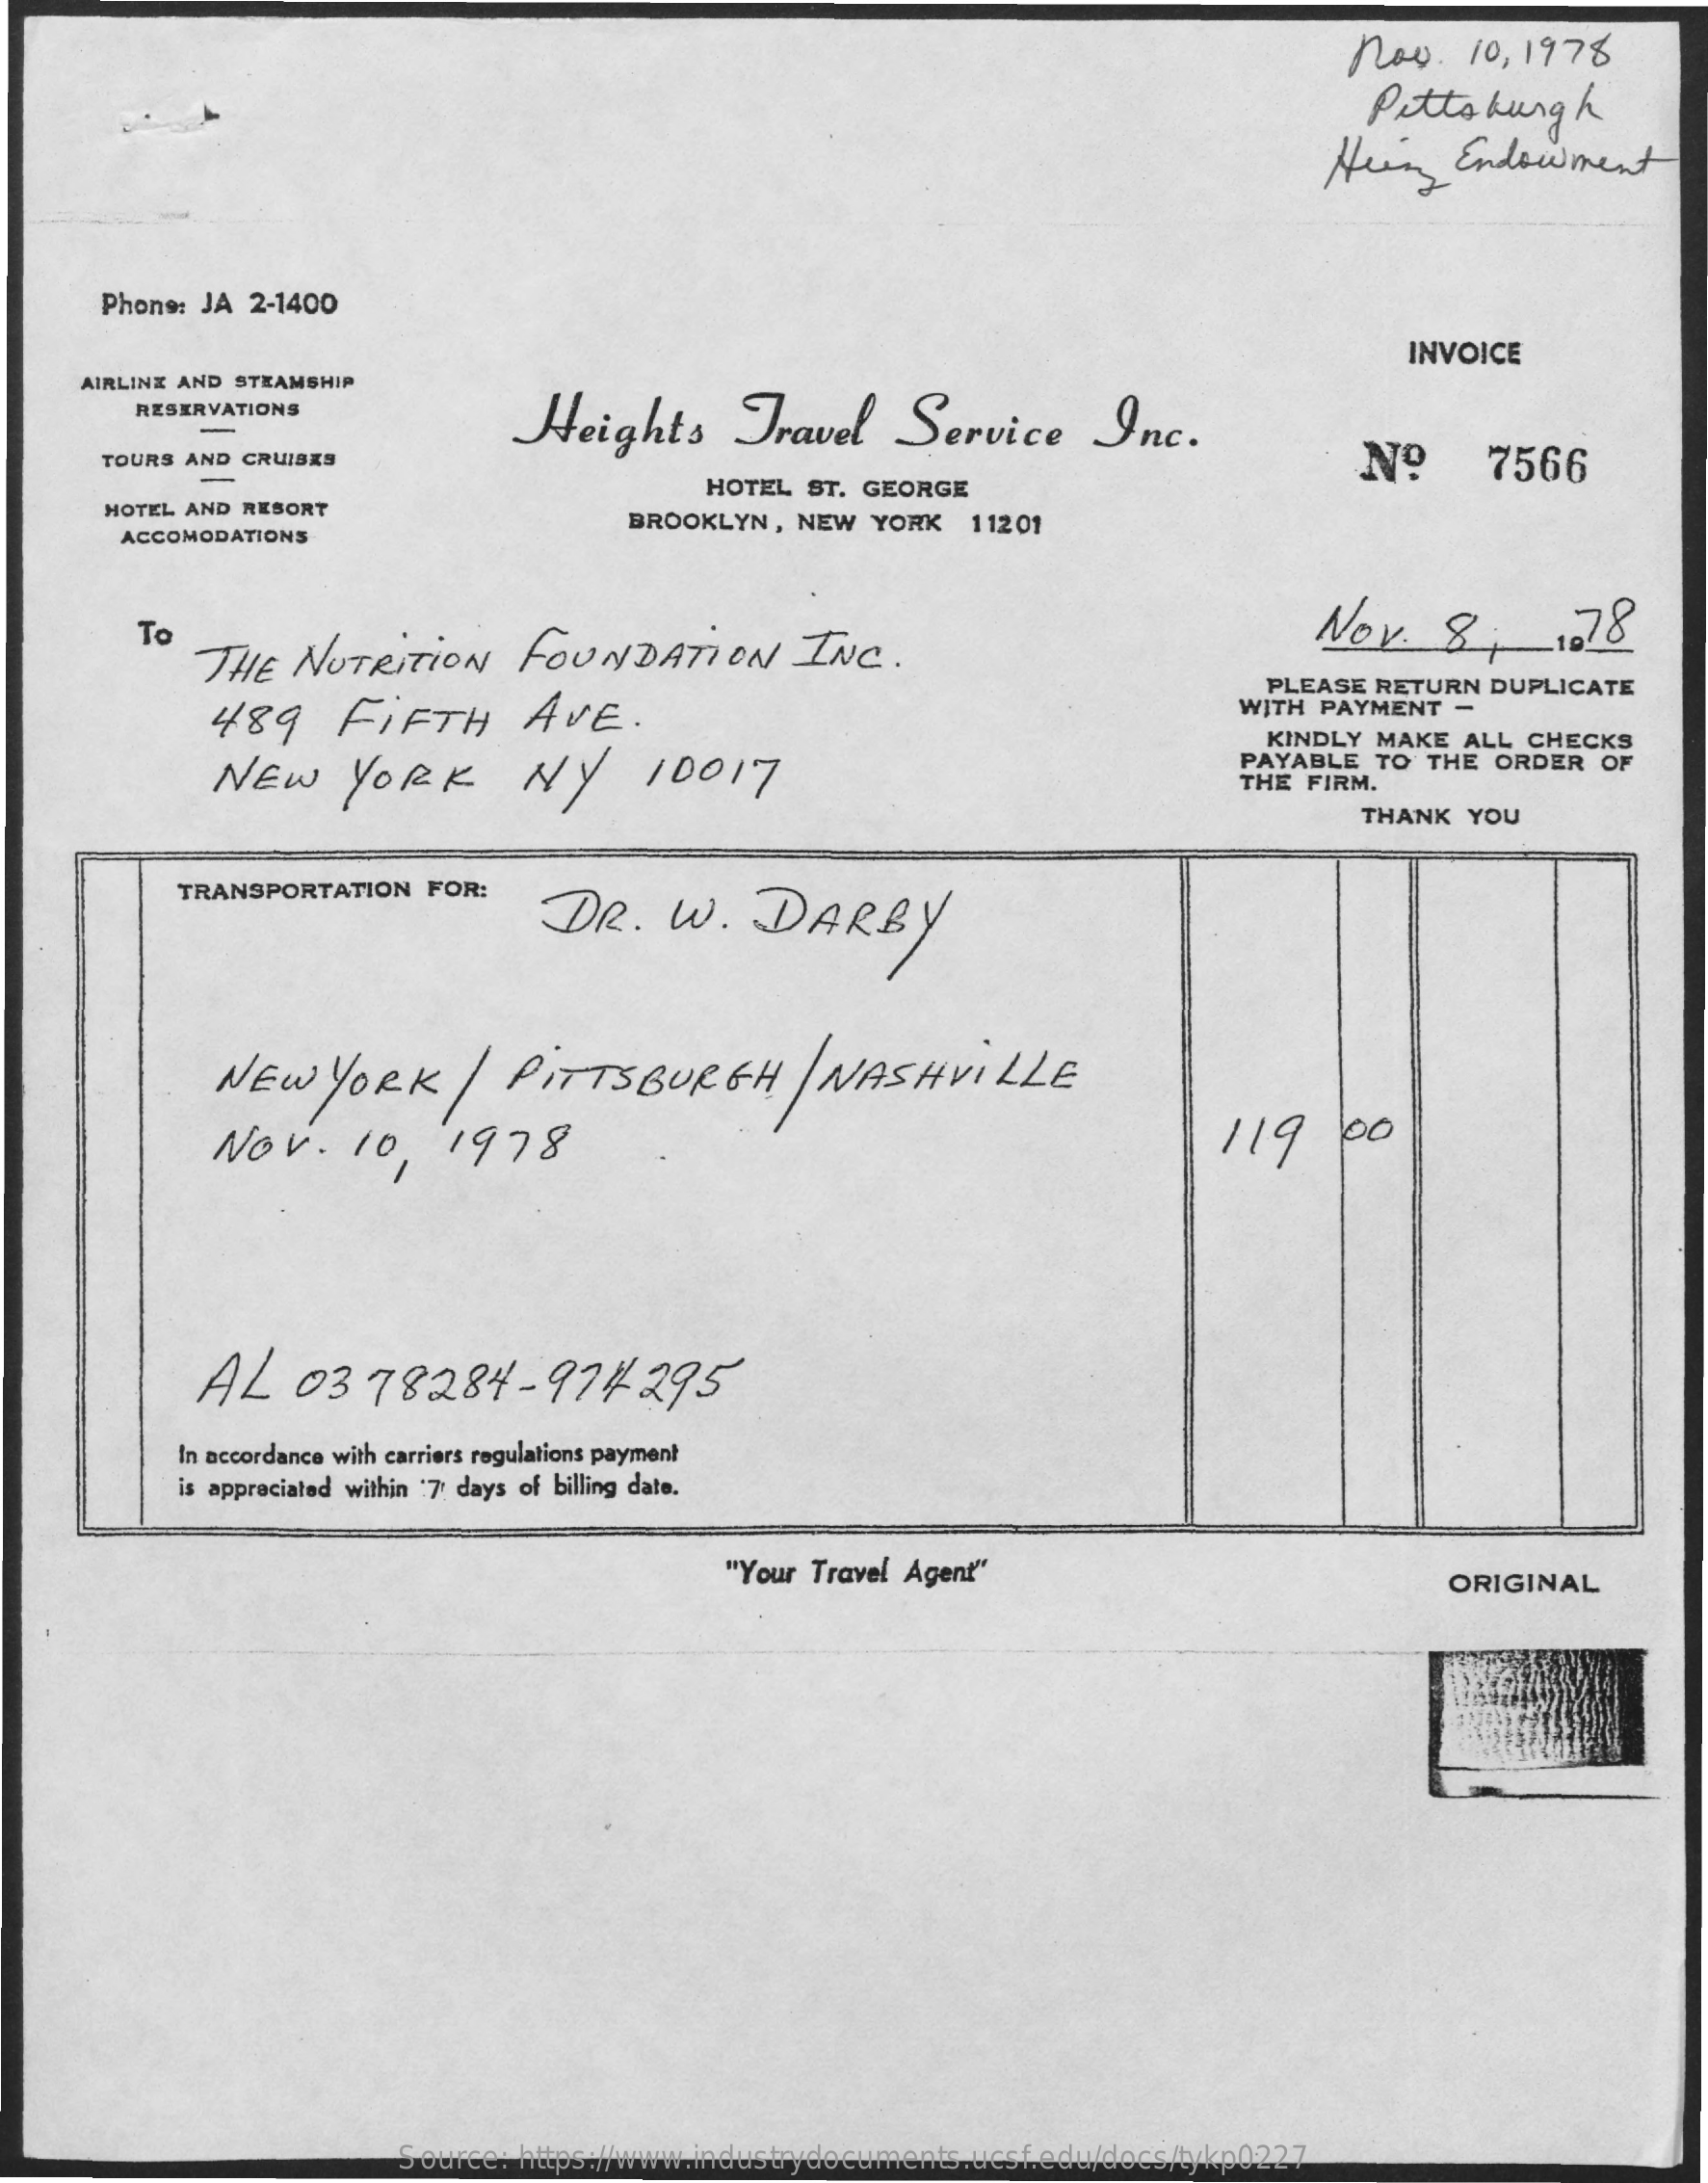
Nov.   10, 1978
     Pittsburgh
     Heing   Endowment
     Phons: JA 2-1400
     INVOICE
     AIRLINE AND STEAMSHIP
     RESERVATIONS
     Heights    Travel    Service    Inc.
     TOURS AND CRUISES    Nº
     HOTEL  ST. GEORGE
     7566
     HOTEL AND RESORT
     ACCOMODATIONS
     BROOKLYN,  NEW  YORK  11201
     To
     THE    NUTRITION    FOUNDATION    INC.    Nov.   8   ,   178
     489    FIFTH    AVE.
     PLEASE RETURN  DUPLICATE
     WITH PAYMENT  -
     NEW    YORK    NY    10017
     KINDLY  MAKE ALL CHECKS
     PAYABLE  TO THE ORDER  OF
     THE FIRM.
     THANK  YOU
     TRANSPORTATION  FOR:
     DR.    W.    DARBY
     NEW    YORK    |  PITTSBURGH    | NASHVILLE
     NOV.    10,    1978    119    00
     AL    0378284-    974   295
     In accordance with carriers regulations payment
     is appreciated within 7 days of billing date.
     "Your Travel Agent"    ORIGINAL
     Source: https://www.industrydocuments.ucsf.edu/docs/tykp0227